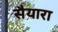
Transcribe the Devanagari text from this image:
सैयारा